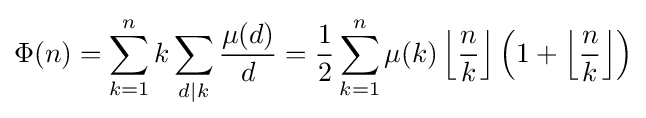
\Phi (n)=\sum _{k=1}^{n}k\sum _{d\mid k}{\frac {\mu (d)}{d}}={\frac {1}{2}}\sum _{k=1}^{n}\mu (k)\left\lfloor {\frac {n}{k}}\right\rfloor \left(1+\left\lfloor {\frac {n}{k}}\right\rfloor \right)